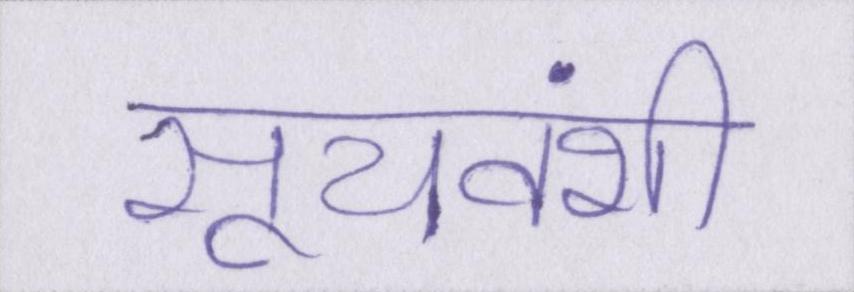
सूर्यवंशी